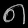
Digit: ၈